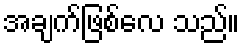
အချက်ဖြစ်လေ သည်။